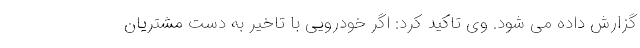
گزارش داده می شود. وی تاکید کرد: اگر خودرویی با تاخیر به دست مشتریان